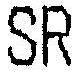
SR